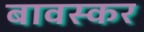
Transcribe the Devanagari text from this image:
बावस्कर